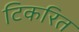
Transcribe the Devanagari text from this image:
टिकरित